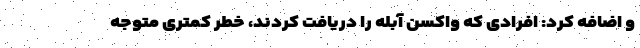
و اضافه کرد: افرادی که واکسن آبله را دریافت کردند، خطر کمتری متوجه